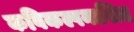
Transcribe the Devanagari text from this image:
कविकल्पनाश्रित